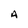
Character: A